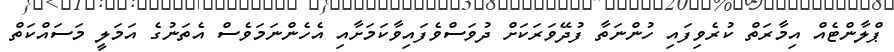
ޕްލާންޓެއް އިމާރަތް ކުރެވިފައި ހުންނަތާ ފުދޭވަރަކަށް ދުވަސްވެފައިވާކަމަށާއި އެހެންނަމަވެސް އެތަނުގެ އަމަލީ މަސައްކަތް